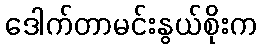
ဒေါက်တာမင်းနွယ်စိုးက